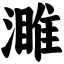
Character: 濉